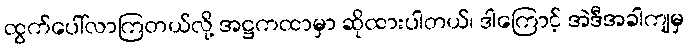
ထွက်ပေါ်လာကြတယ်လို့ အဋ္ဌကထာမှာ ဆိုထားပါတယ်၊ ဒါကြောင့် အဲဒီအခါကျမှ